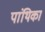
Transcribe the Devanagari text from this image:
पांथिका